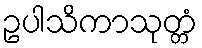
ဥပါသိကာသုတ္တံ